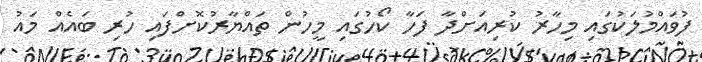
ފުވައްމުލަކުގައި މިހާރު ކުރިއަށްދާ ފަހާ ކޯހުގައި މީހުން ތައްޔާރުކޮށްފައި ހުރި ބައެއް މައު